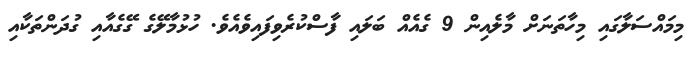
މިމައްސަލާގައި މިހާތަނަށް މާލެއިން 9 ގެއެއް ބަލައި ފާސްކުރެވިފައިވެއެވެ. ހުޅުމާލޭގެ ގޭގެއާއި ގުދަންތަކާއި